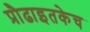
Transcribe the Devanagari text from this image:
प्रौढाइतकेच